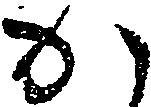
か